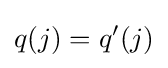
q(j)=q'(j)